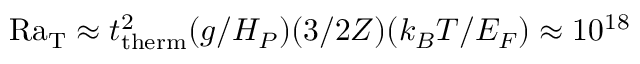
\mathrm { R a _ { T } } \approx t _ { \mathrm { t h e r m } } ^ { 2 } ( g / H _ { P } ) ( 3 / 2 Z ) ( k _ { B } T / E _ { F } ) \approx 1 0 ^ { 1 8 }